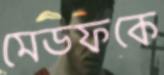
মেডফকে